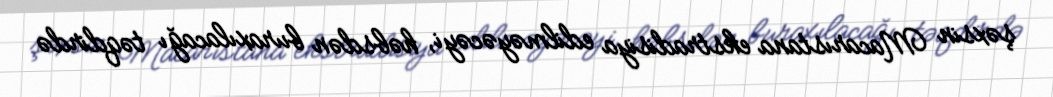
şəxsin Macarıstana ekstradisiya edilməyəcəyi, həbsdən buraxılacağı təqdirdə